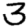
Digit: 3